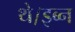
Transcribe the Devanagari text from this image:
थे।इब्न